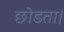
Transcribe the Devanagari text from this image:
छोडता।